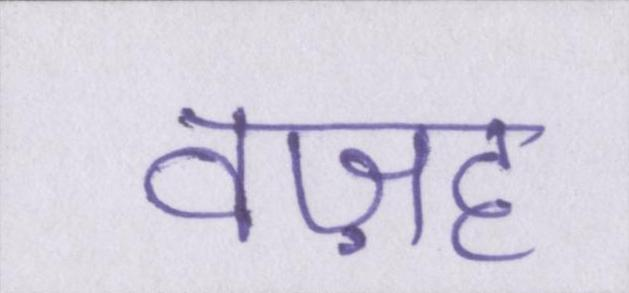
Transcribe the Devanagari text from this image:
वज़ह